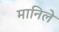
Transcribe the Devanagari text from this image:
मानिले